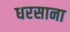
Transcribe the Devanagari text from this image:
धरसाना